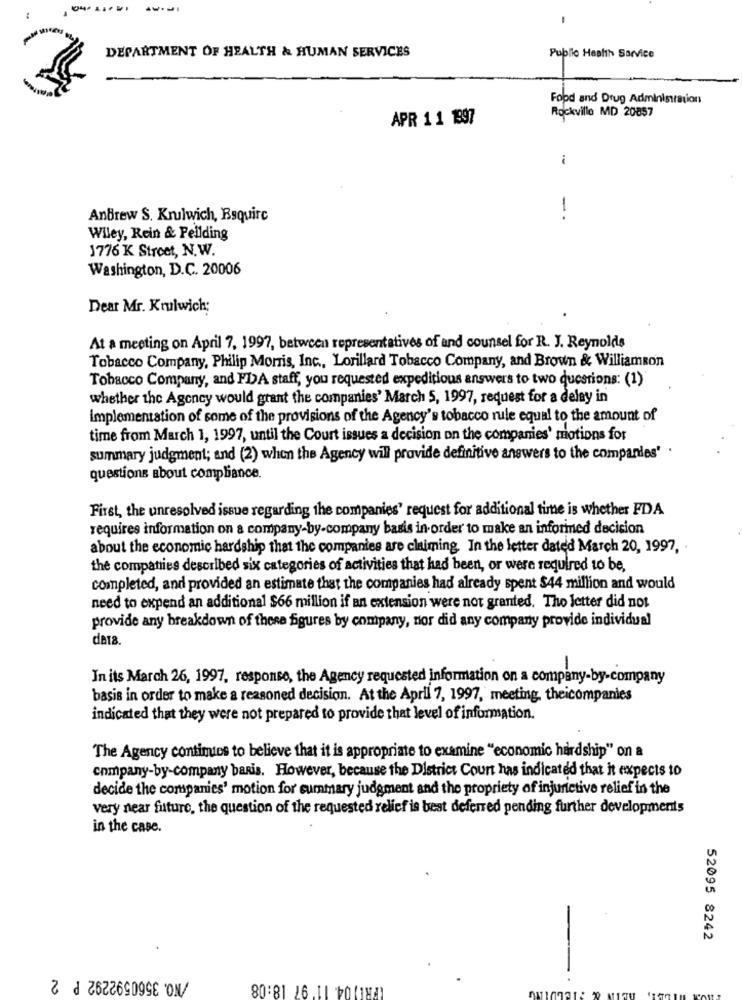
-
DEPARTMENT OF HEALTH & HUMAN SERVICES
Public Health Service
Food and Drug Administration
Rockville MD 20857
APR 1 1 1997
i
Andrew S. Krulwich, Esquire
--
Wiley, Rein & Pellding
1776 K Street, N.W.
Washington, D.C. 20006
Dear Mr. Krulwich;
At a meeting on April 7, 1997, between representatives of and counsel for R. J. Reynolds
Tobacco Company, Philip Morris, Inc ., Lorillard Tobacco Company, and Brown & Williamson
Tobacco Company, and FDA staff, you requested expeditious answers to two questions: (1)
whether the Agency would grant the companies' March 5, 1997, request for a delay in
implementation of some of the provisions of the Agency's tobacco rule equal to the amount of
time from March 1, 1997, until the Court issues a decision on the companies' motions for
summary judgment; and (2) when the Agency will provide definitive answers to the companies' .
questions about compliance.
First, the unresolved issue regarding the companies' request for additional time is whether FDA
requires information on a company-by-company basis in order to make an informed decision
about the economic hardship that the companies are claiming. In the letter dated March 20, 1997,
the companies described six categories of activities that had been, or were required to be,
completed, and provided an estimate that the companies had already spent $44 million and would
need to expend an additional $66 million if an extension were not granted. Tho letter did not
provide any breakdown of these figures by company, nor did any company provide individual
-
In its March 26, 1997, response, the Agency requested information on a company-by-company
basis in order to make a reasoned decision. At the April 7, 1997, meeting, theicompanies
indicated that they were not prepared to provide that level of information.
The Agency contimies to believe that it is appropriate to examine "economic hardship" on a
company-by-company baris. However, because the District Court has indicated that it expects to
decide the companies' motion for summary judgment and the propriety of injurictive relief in the
very near future, the question of the requested relief is best deferred pending further developments
in the case.
52095 8242
/NO. 3560592292 P 2
(PRI) 04. 11'97 18:08